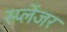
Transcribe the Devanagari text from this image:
स्प्लेंजर